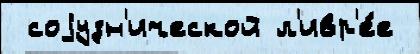
 соjузн'ической л'ивр'е́е